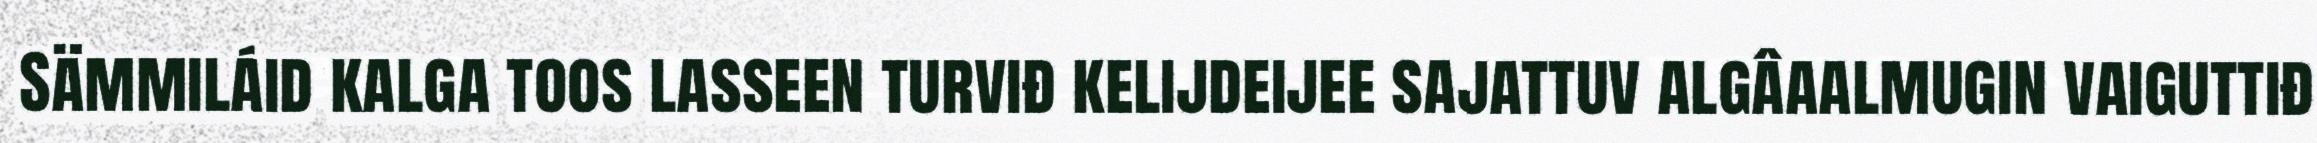
Sämmiláid kalga toos lasseen turviđ kelijdeijee sajattuv algâaalmugin vaiguttiđ